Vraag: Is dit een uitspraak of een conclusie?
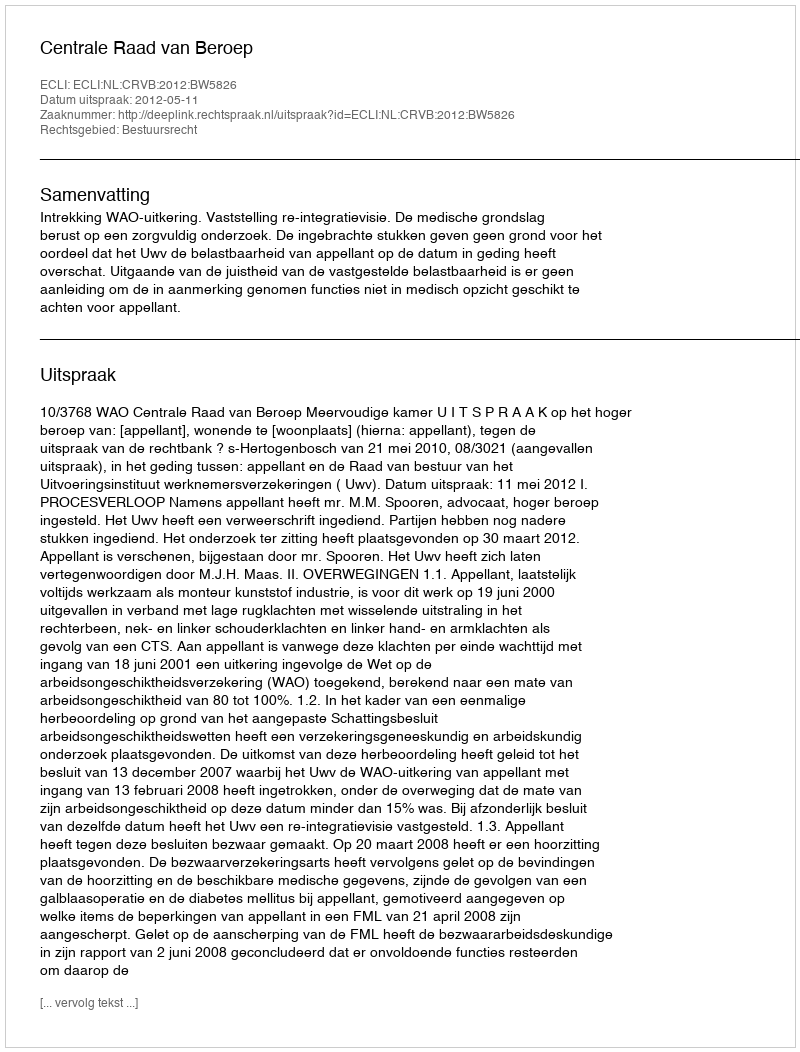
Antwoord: Uitspraak